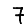
Digit: 7